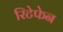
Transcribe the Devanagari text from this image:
रिटेफेन